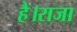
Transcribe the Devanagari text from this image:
है।राजा